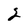
Character: 2